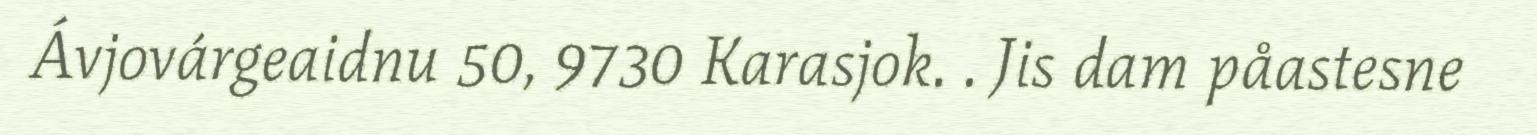
Ávjovárgeaidnu 50, 9730 Karasjok. . Jis dam påastesne